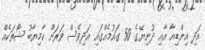
އަދި އިންޑިއާ އާއި ދުނިޔޭގެ 50 ގައުމެއްގައި އަދިވެސް ވަރަށް ކާމިޔާބު ޝޯތަކެއް